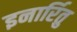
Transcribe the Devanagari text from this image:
इनार्रितु